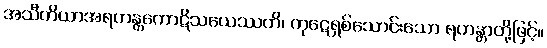
အသီတိယာအရဟန္တကောဋိသယေဿတိ၊ ကုဋေရှစ်သောင်းသော ရဟန္တာတို့ဖြင့်။